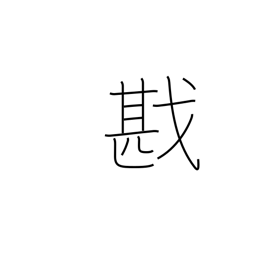
Meaning: victory